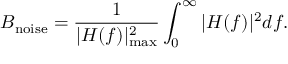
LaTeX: B _ { \mathrm { n o i s e } } = { \frac { 1 } { | H ( f ) | _ { \operatorname* { m a x } } ^ { 2 } } } \int _ { 0 } ^ { \infty } | H ( f ) | ^ { 2 } d f .